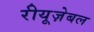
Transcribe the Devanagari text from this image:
रीयूज़ेबल